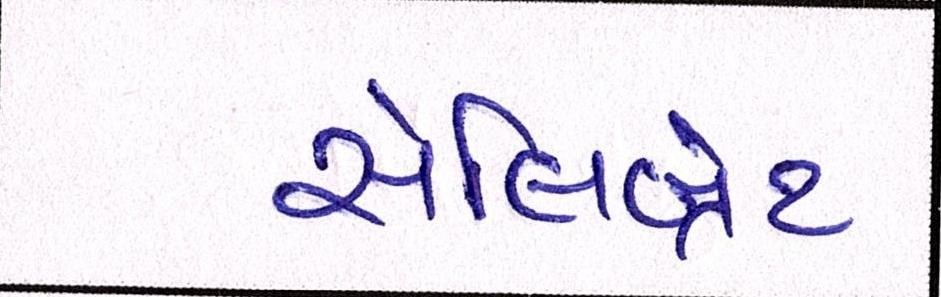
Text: સેલિબ્રેટ